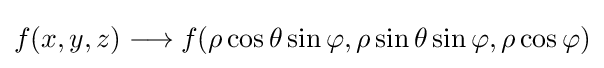
f(x,y,z)\longrightarrow f(\rho \cos \theta \sin \varphi ,\rho \sin \theta \sin \varphi ,\rho \cos \varphi )